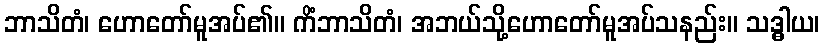
ဘာသိတံ၊ ဟောတော်မူအပ်၏။ ကိံဘာသိတံ၊ အဘယ်သို့ဟောတော်မူအပ်သနည်း။ သဒ္ဓါယ၊